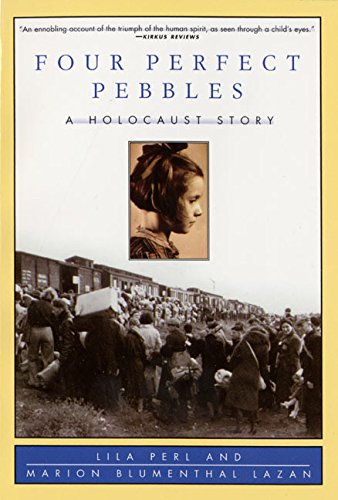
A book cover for Four Perfect Pebbles: A Holocaust Story; Lila Perl; Children's Books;